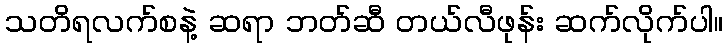
သတိရလက်စနဲ့ ဆရာ ဘတ်ဆီ တယ်လီဖုန်း ဆက်လိုက်ပါ။